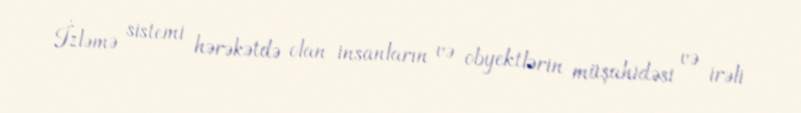
İzləmə sistemi hərəkətdə olan insanların və obyektlərin müşahidəsi və irəli